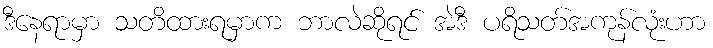
ဒီနေရာမှာ သတိထားရမှာက ဘာလဲဆိုရင် အဲဒီ ပရိသတ်အကုန်လုံးဟာ